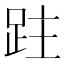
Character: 跓